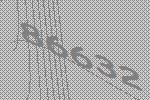
86632